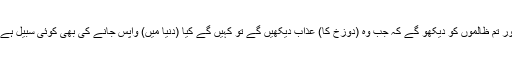
اور تم ظالموں کو دیکھو گے کہ جب وہ (دوزخ کا) عذاب دیکھیں گے تو کہیں گے کیا (دنیا میں) واپس جانے کی بھی کوئی سبیل ہے؟